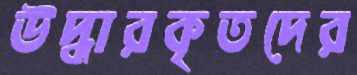
উদ্ধারকৃতদের